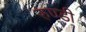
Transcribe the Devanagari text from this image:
रुण्डी